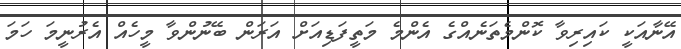
އޭނާއަކީ ކައިރިވާ ކޮންމެތަނެއްގެ އެންމެ މަތީފަޑިއަށް އަރަން ބޭނުންވާ މީހެއް އެރުނީމަ ހަމަ